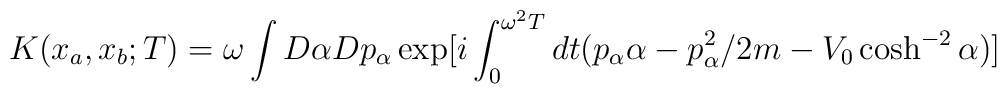
K(x_a ,x_b;T)=\omega\int D\alpha Dp_\alpha\exp[i\int_0^{\omega^2 T}dt(p_\alpha\alpha-p_\alpha^2/2m-V_0\cosh^{-2}\alpha)]